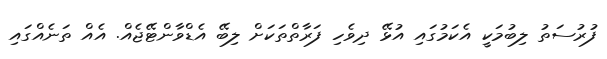
ފުރުސަތު ލިބުމަކީ އެކަމުގައި އުޅޭ ދިވެހި ފަރާތްތަކަށް ލިބޭ އެޑްވާންޓޭޖެއް. އެއް ތަނެއްގައި